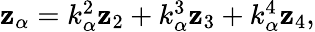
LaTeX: \begin{array}{r}{{\mathbf z}_{\alpha}=k_{\alpha}^{2}{\mathbf z}_{2}+k_{\alpha}^{3}{\mathbf z}_{3}+k_{\alpha}^{4}{\mathbf z}_{4},}\end{array}